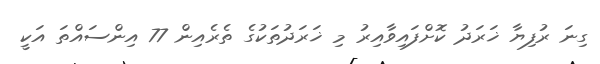
ގިނަ ރުފިޔާ ޚަރަދު ކޮށްފައިވާއިރު މި ޚަރަދުތަކުގެ ތެރެއިން 77 އިންސައްތަ އަކީ